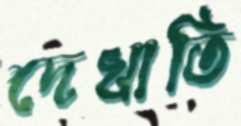
দেখাতি